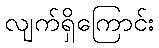
လျက်ရှိကြောင်း